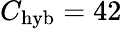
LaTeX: C_{\mathrm{hyb}}=42